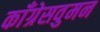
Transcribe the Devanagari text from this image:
काँग्रेसवुमन